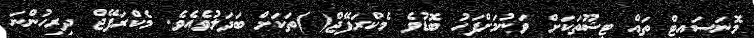
މޮނަސައިޓް ތައް ޓިޝޫތަކަށް ވަނުމަށްފަހު ބޮޑުވެ މެކްރަފޭޖް( )ތަކަށް ބަދަލުވެއެވެ. މެކްރަފޭޖް ދިރިހުންނަ